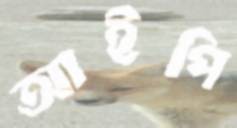
আইপি